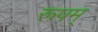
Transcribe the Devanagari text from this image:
रूपम्‌